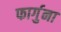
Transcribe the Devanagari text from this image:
फार्गुना